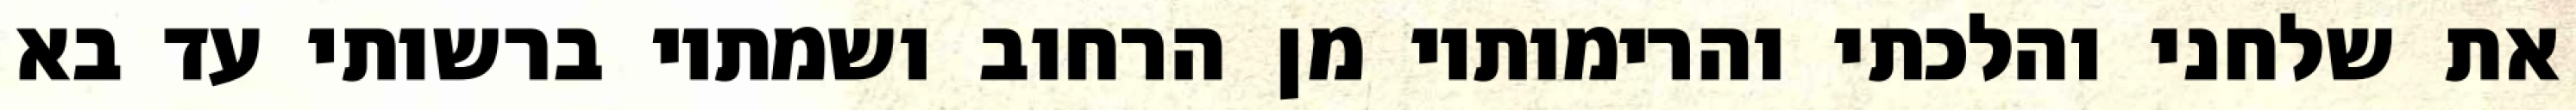
את שלחני והלכתי והרימותיו מן הרחוב ושמתיו ברשותי עד בא